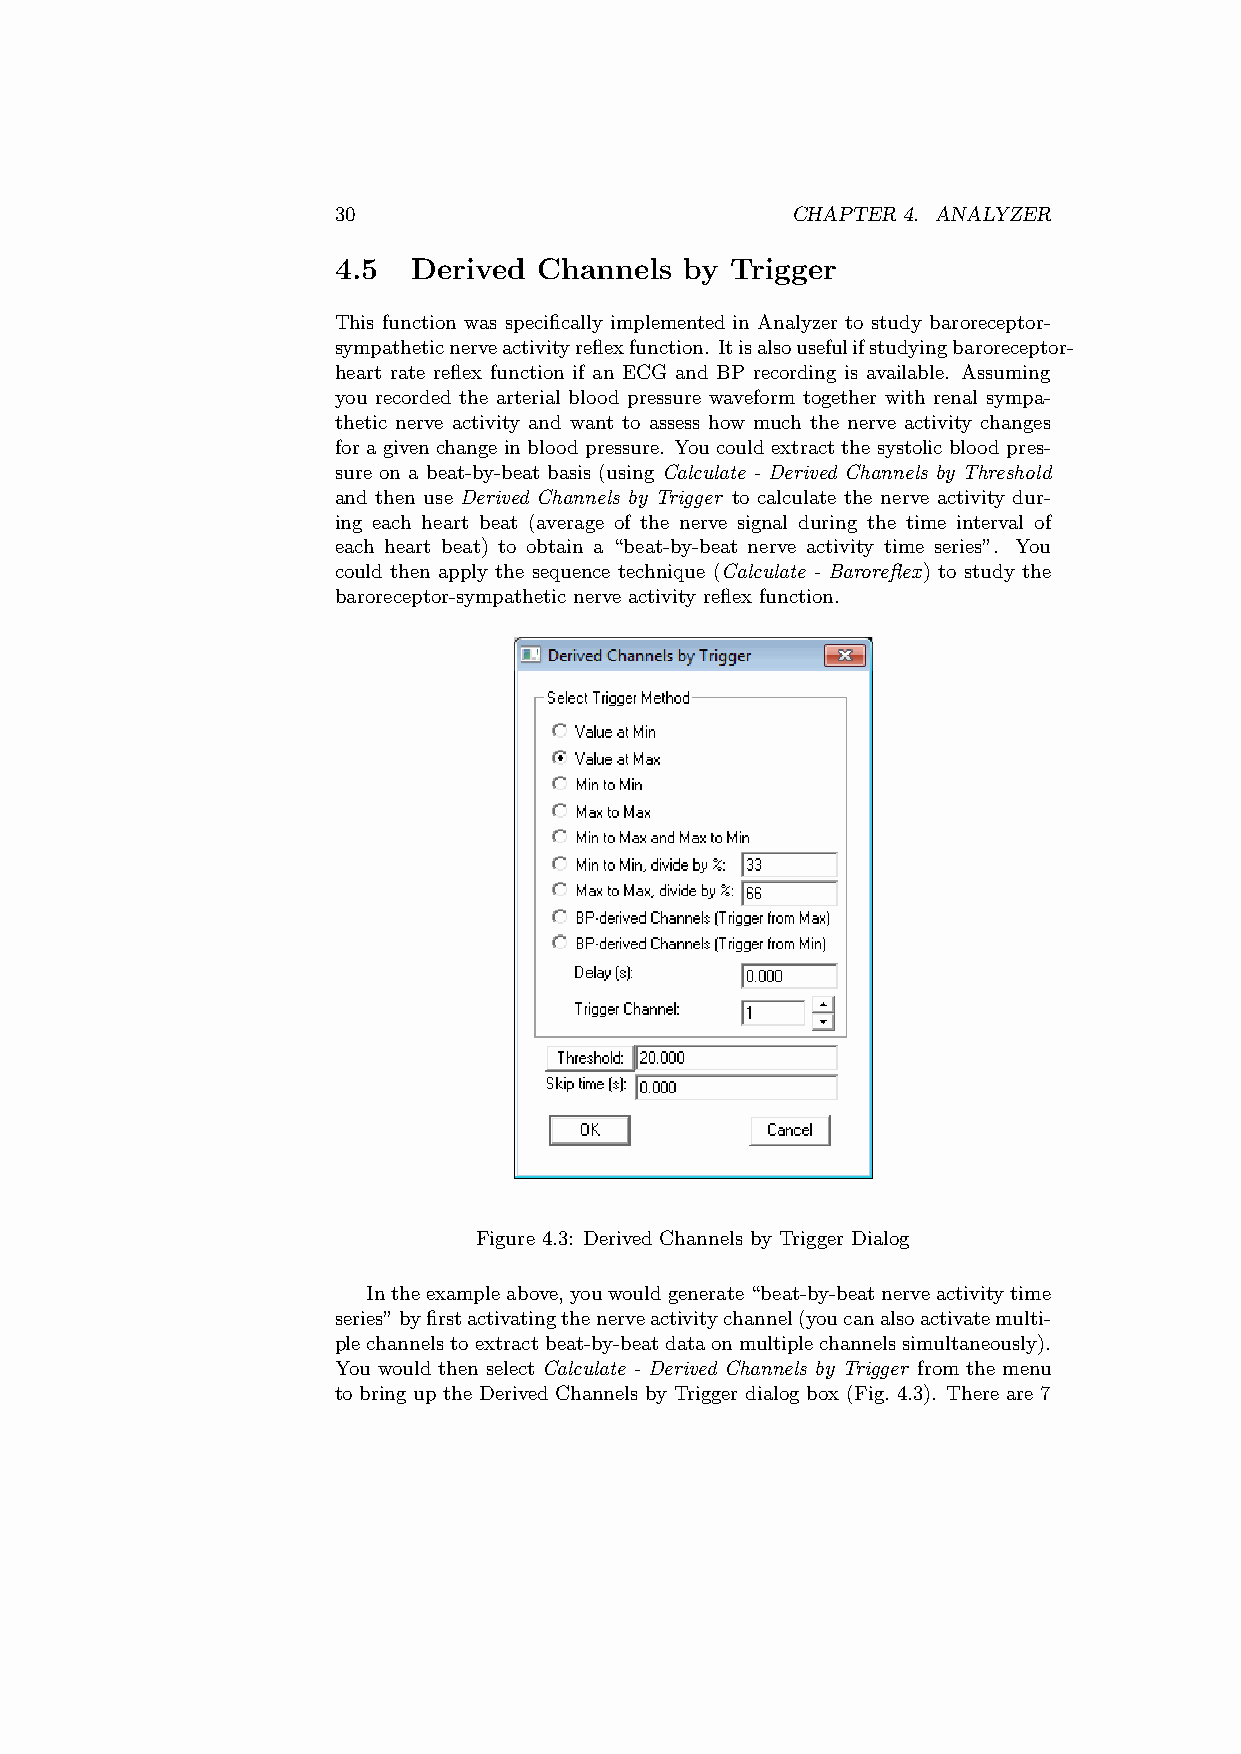
30                            CHAPTER 4. ANALYZER
 4.5  Derived  Channels by Trigger
 This function was specifically implemented in Analyzer to study baroreceptor-
 sympatheticnerveactivityreflexfunction. Itisalsousefulifstudyingbaroreceptor-
 heart rate reflex function if an ECG and BP recording is available. Assuming
 you recorded the arterial blood pressure waveform together with renal sympa-
 thetic nerve activity and want to assess how much the nerve activity changes
 for a given change in blood pressure. You could extract the systolic blood pres-
 sure on a beat-by-beat basis (using Calculate - Derived Channels by Threshold
 and then use Derived Channels by Trigger to calculate the nerve activity dur-
 ing each heart beat (average of the nerve signal during the time interval of
 each heart beat) to obtain a “beat-by-beat nerve activity time series”. You
 could then apply the sequence technique (Calculate - Baroreflex) to study the
 baroreceptor-sympathetic nerve activity reflex function.
 Figure 4.3: Derived Channels by Trigger Dialog
 Intheexampleabove,youwouldgenerate“beat-by-beatnerveactivitytime
 series”byfirstactivatingthenerveactivitychannel(youcanalsoactivatemulti-
 plechannelstoextractbeat-by-beatdataonmultiplechannelssimultaneously).
 You would then select Calculate - Derived Channels by Trigger from the menu
 to bring up the Derived Channels by Trigger dialog box (Fig. 4.3). There are 7